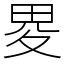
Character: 畟